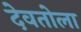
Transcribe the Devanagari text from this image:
देवतोला